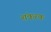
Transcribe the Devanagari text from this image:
शंकरक